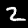
Digit: 2